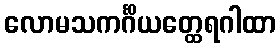
လောမသကင်္ဂိယတ္ထေရဂါထာ